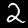
Digit: 2